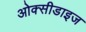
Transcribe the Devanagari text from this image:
ओक्सीडाइज